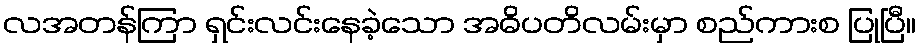
လအတန်ကြာ ရှင်းလင်းနေခဲ့သော အဓိပတိလမ်းမှာ စည်ကားစ ပြုပြီ။